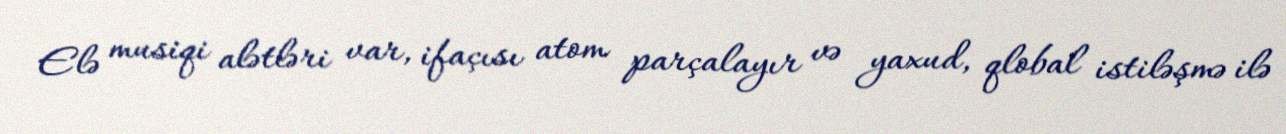
Elə musiqi alətləri var, ifaçısı atom parçalayır və yaxud, qlobal istiləşmə ilə